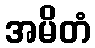
အမိတံ